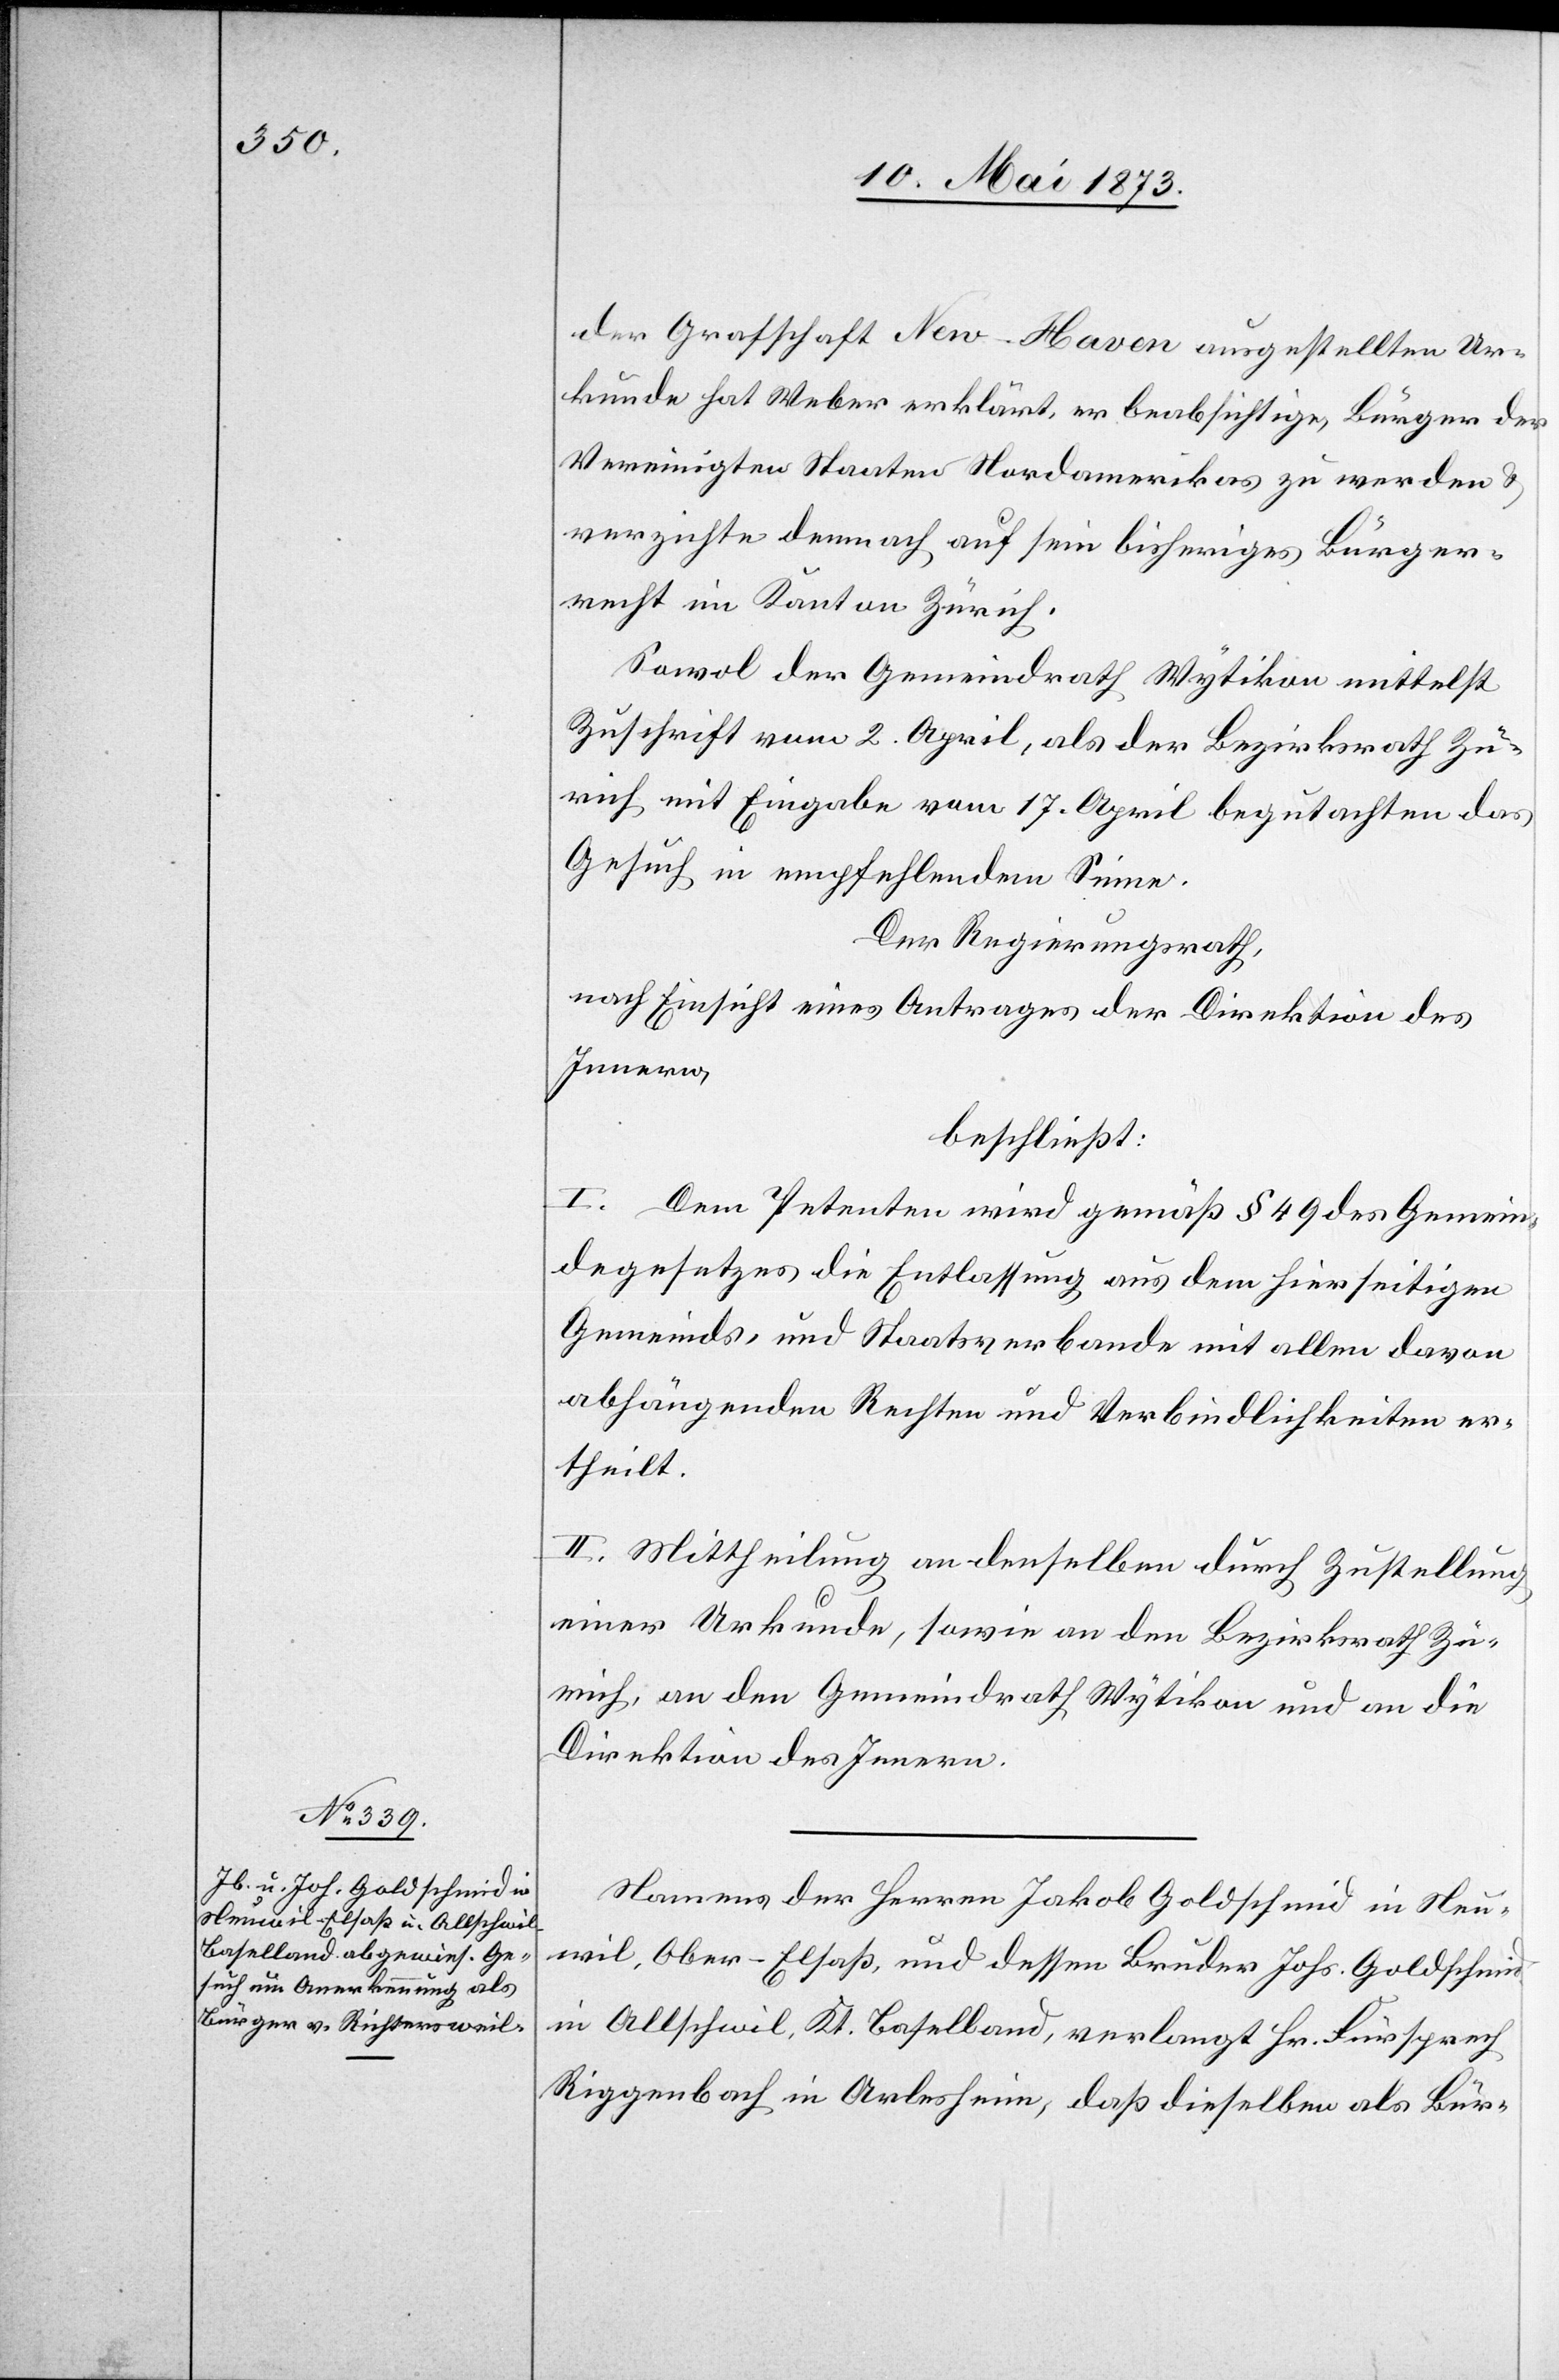
der Grafschaft New-Haven ausgestellten Ur¬
kunde hat Weber erklärt, er beabsichtige, Bürger der
Vereinigten Staaten Nordamerikas zu werden &
verzichte demnach auf sein bisheriges Bürger¬
recht im Kanton Zürich.
Sowol der Gemeindrath Wytikon mittelst
Zuschrift vom 2. April, als der Bezirksrath Zü¬
rich mit Eingabe vom 17. April begutachten das
Gesuch in empfehlendem Sinne.
Der Regierungsrath,
nach Einsicht eines Antrages der Direktion des
Innern,
beschließt:
I. Dem Petenten wird gemäß § 49 des Gemein¬
degesetzes die Entlassung aus dem hierseitigen
Gemeinds- und Staatsverbande mit allen davon
abhängenden Rechten und Verbindlichkeiten er¬
theilt.
II. Mittheilung an denselben durch Zustellung
einer Urkunde, sowie an den Bezirksrath Zü¬
rich, an den Gemeindrath Wytikon und an die
Direktion des Innern.
Namens der Herren Jakob Goldschmid in Neu¬
wil, Ober-Elsaß, und dessen Bruder Johs. Goldschmid
in Allschwil, Kt. Baselland, verlangt Hr. Fürsprech
Riggenbach in Arlesheim, daß dieselben als Bür-